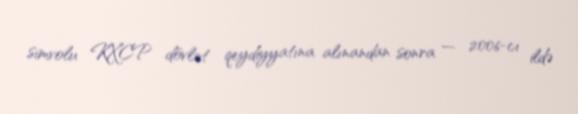
simvolu KXCP dövlət qeydiyyatına alınandan sonra — 2006-cı ildə